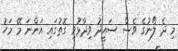
މި ދެ ލޯނުގެ ވެސް ސައީދު ވިދާޅުވި ގޮތުގައި އަންނަ މޭ މަހު